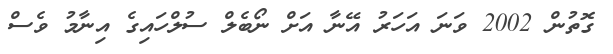
ގޮތުން 2002 ވަނަ އަހަރު އޭނާ އަށް ނޯބެލް ސުލްހައިގެ އިނާމު ވެސް